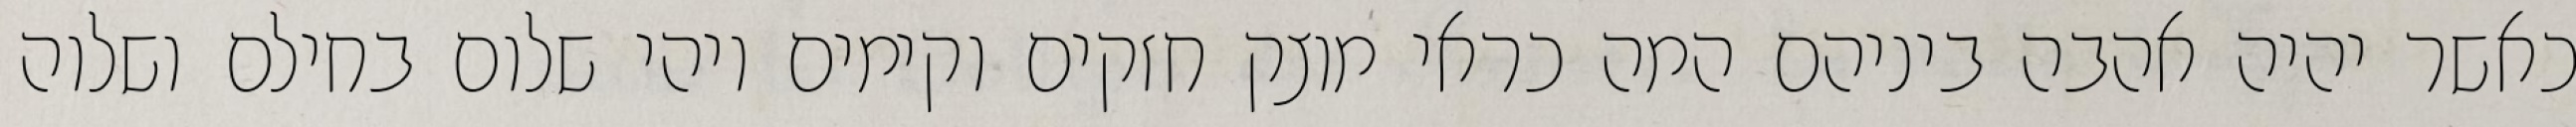
כאשר יהיה אהבה ביניהם המה כראי מוצק חזקים וקימים ויהי שלום בחילם ושלוה